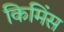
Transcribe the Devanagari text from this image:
किमिंस